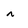
Character: r